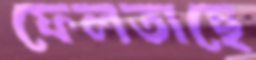
ফেলতাছে